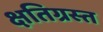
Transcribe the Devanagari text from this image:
क्षतिग्रस्‍त